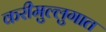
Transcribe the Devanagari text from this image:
करीमुल्लुगात